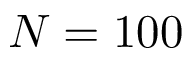
N = 1 0 0